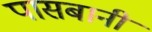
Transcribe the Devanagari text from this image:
पासबानी